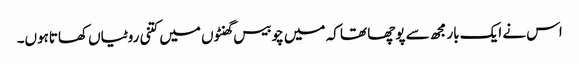
اس نے ایک بار مجھ سے پوچھا تھا کہ میں چوبیس گھنٹوں میں کتنی روٹیاں کھاتاہوں۔